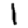
Digit: 1